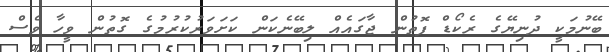
ބޭނުމަކީ ދުނިޔޭގެ ރެކޯޑް ފޮތުން ޖާގައެއް ލިބޭނެކަން ކަށަވަރުކުރުމުގެ ގޮތުން ވީހާ ވެސް